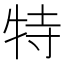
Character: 特